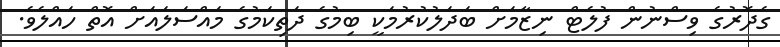
ގެދޮރުގެ ވިސްނުން ފުލެޓް ނިޒާމަށް ބަދަލުކުރުމަކީ ބިމުގެ ދަތިކަމުގެ މައްސަލައަށް އޮތް ހައްލެވެ.